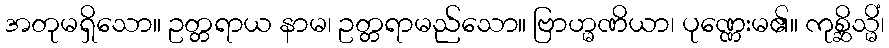
အတုမရှိသော။ ဥတ္တရာယ နာမ၊ ဥတ္တရာမည်သော။ ဗြာဟ္မဏိယာ၊ ပုဏ္ဏေးမ၏။ ကုစ္ဆိသ္မိံ၊